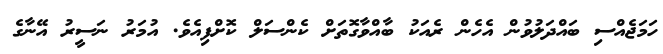
ހަމަޖެއްސި ބައްދަލުވުން އެހެން ރެއަކު ބާއްވާގޮތަށް ކެންސަލް ކޮށްފިއެވެ. އުމަރު ނަސީރު އޭނާގެ